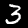
Label: 3